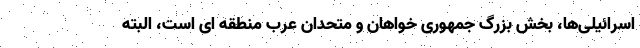
اسرائیلی‌ها، بخش بزرگ جمهوری خواهان و متحدان عرب منطقه ای است، البته